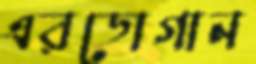
এরডোগান